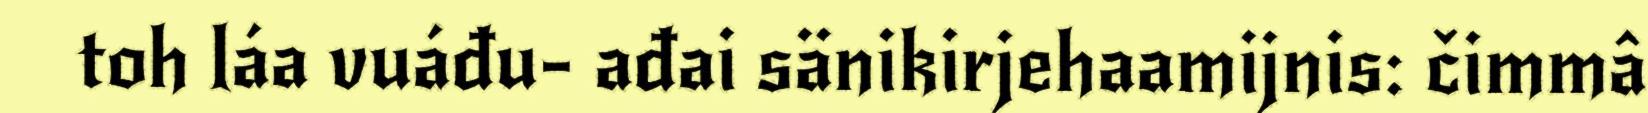
toh láa vuáđu- ađai sänikirjehaamijnis: čimmâ